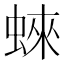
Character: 𧍍